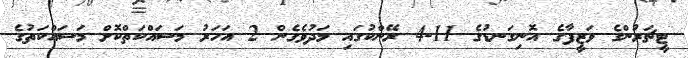
ޓީޗަރުންގެ ވަޒީފާގެ އޮނިގަނޑުގެ 11-4 ރޭންކުގައި މަދުވެގެން 2 އަހަރު މަސައްކަތްކޮށް މަސައްކަތުގެ